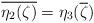
LaTeX: \begin{align*}\overline{\eta_{2}(\zeta)}={\eta_{3}(\overline{\zeta})}\end{align*}